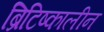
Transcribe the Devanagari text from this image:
ब्रिटिष्कालीन